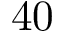
4 0